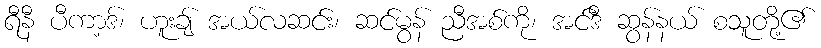
ရီနီ ပီကာ့ဒ်၊ ဟူးချ် အယ်လဆင်း၊ ဆင်မွန် ညီအစ်ကို၊ အင်ဒီ ဆွန်နယ် စသူတို့၏